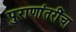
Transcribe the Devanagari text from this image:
पुराणांतरींचा